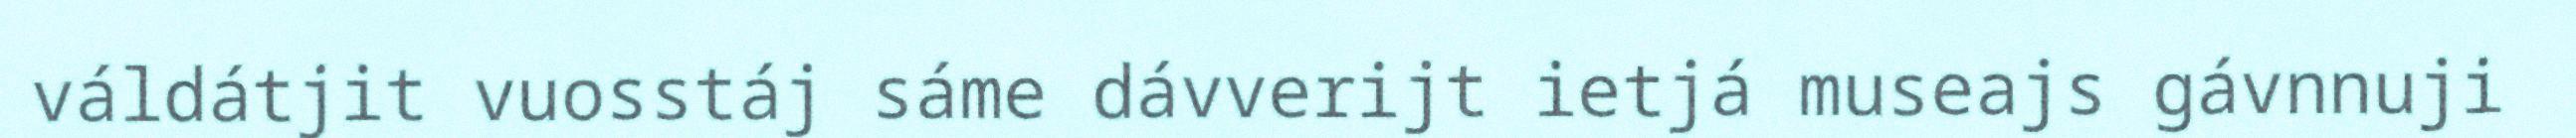
váldátjit vuosstáj sáme dávverijt ietjá museajs gávnnuji